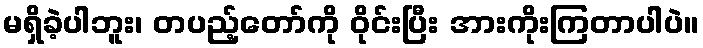
မရှိခဲ့ပါဘူး၊ တပည့်တော်ကို ဝိုင်းပြီး အားကိုးကြတာပါပဲ။